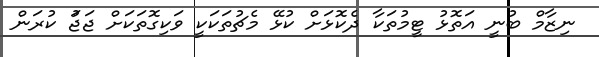
ނިޒާމް ބުނީ އަތޮޅު ޓީމުތަކާ ދެކޮޅަށް ކުޅޭ މެޗުތަކަކީ ވަކިގޮތަކަށް ޖަޖަު ކުރަން